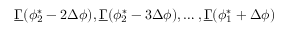
\underline { { \Gamma } } ( \phi _ { 2 } ^ { * } - 2 \Delta \phi ) , \underline { { \Gamma } } ( \phi _ { 2 } ^ { * } - 3 \Delta \phi ) , \dots , \underline { { \Gamma } } ( \phi _ { 1 } ^ { * } + \Delta \phi )